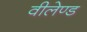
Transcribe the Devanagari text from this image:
वीलेण्ड